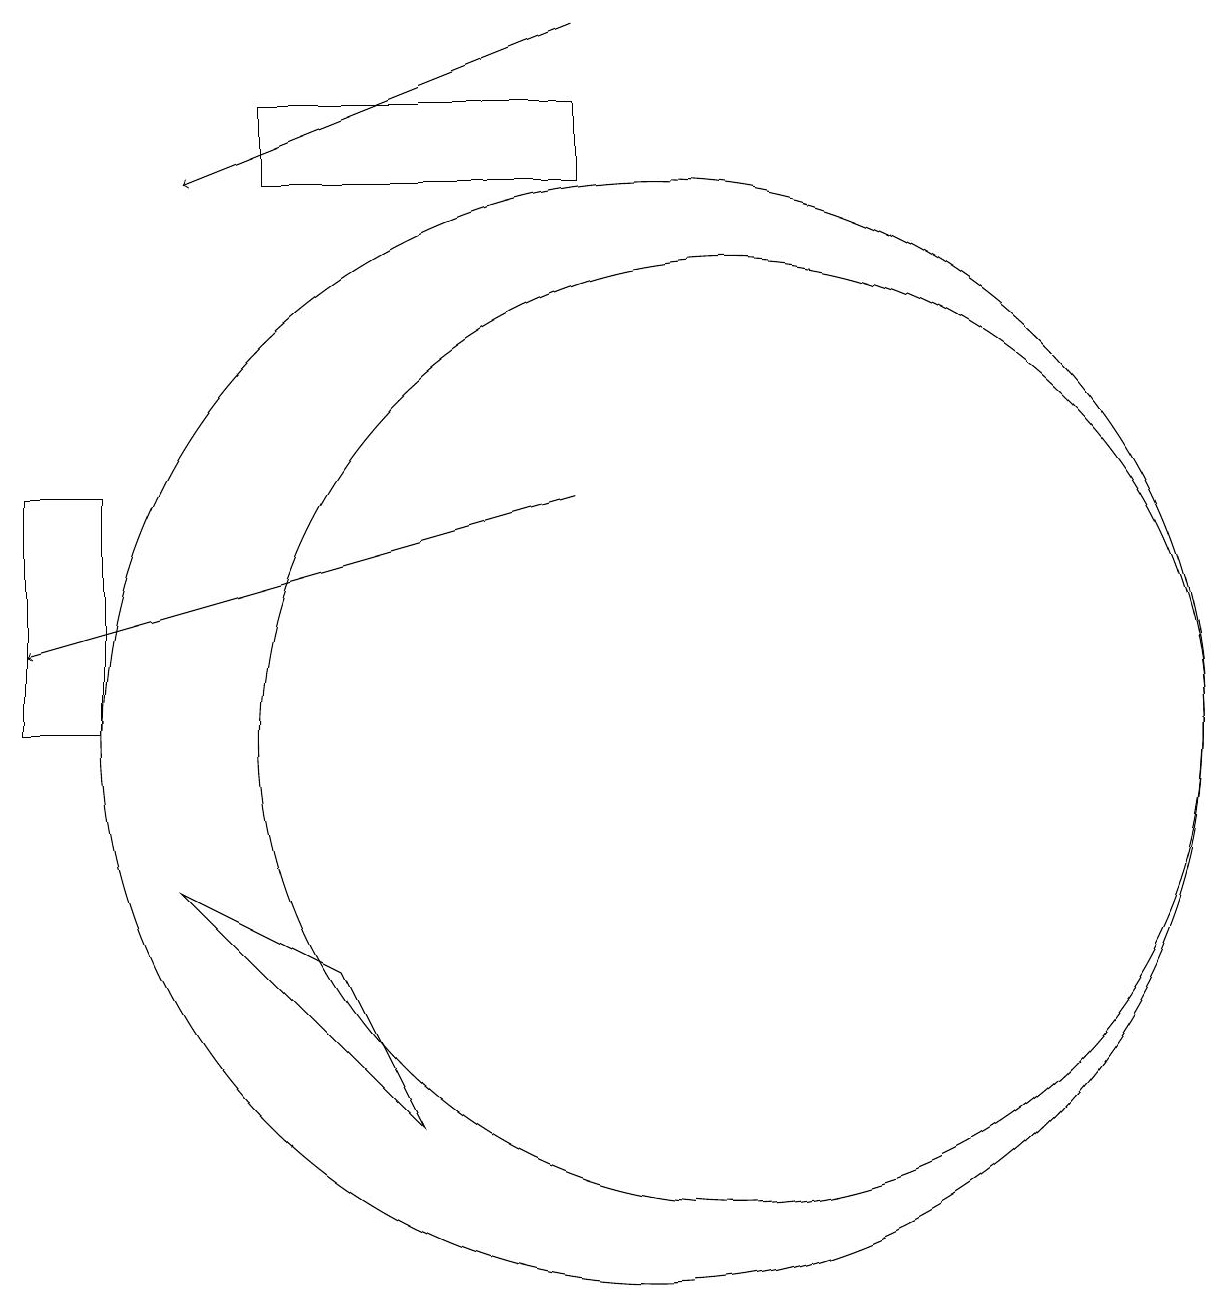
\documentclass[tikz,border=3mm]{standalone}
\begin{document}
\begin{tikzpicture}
\draw (10,10) circle (7);
\draw (11,10) circle (6);
\draw (5,18) rectangle (9,17);
\draw[->] (9,13) -- (2,11);
\draw[->] (9,19) -- (4,17);
\draw (2,13) rectangle (3,10);
\draw (6,7) -- (4,8) -- (7,5) -- cycle;
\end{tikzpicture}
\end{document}